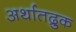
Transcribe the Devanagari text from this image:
अर्थातद्रुक